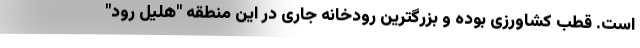
است. قطب کشاورزی بوده و بزرگترین رودخانه جاری در این منطقه "هلیل رود"